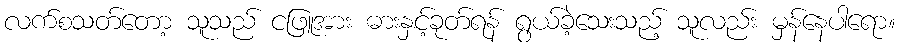
လက်စသတ်တော့ သူသည် ငဖြူအား ဓားနှင့်ခုတ်ရန် ရွယ်ခဲ့သေးသည့် သူလည်း မှန်နေပါရော။